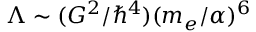
\Lambda \sim ( G ^ { 2 } / \hbar ^ { 4 } ) ( m _ { e } / \alpha ) ^ { 6 }